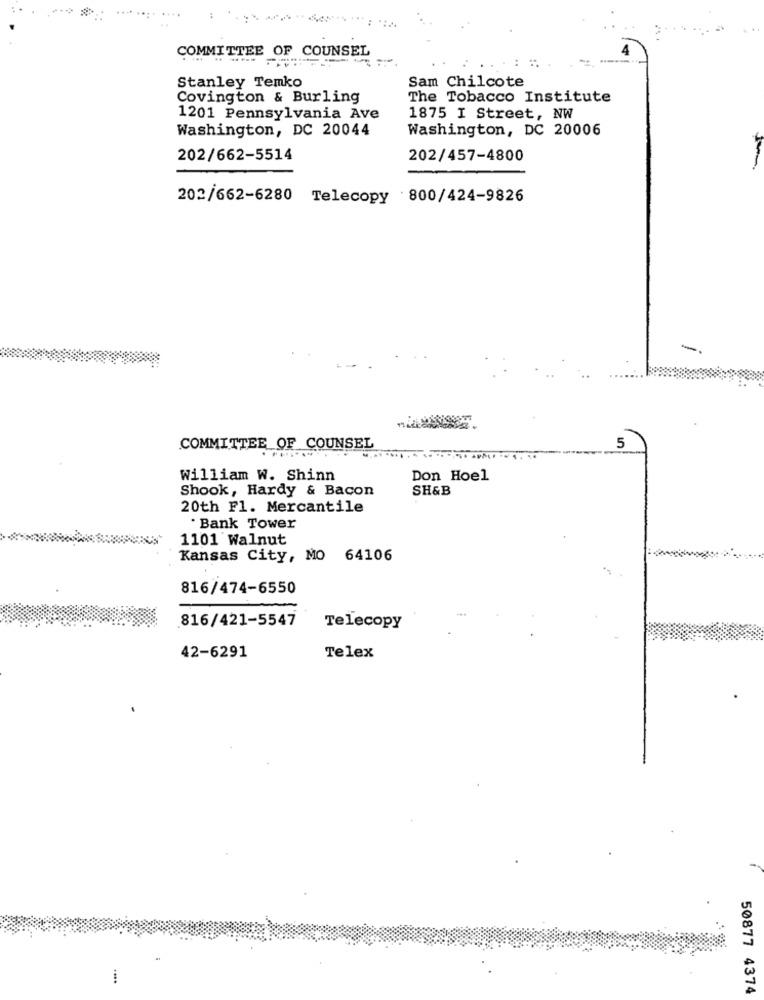
COMMITTEE OF COUNSEL
Stanley Temko
Sam Chilcote
Covington & Burling
The Tobacco Institute
1201 Pennsylvania Ave
1875 I Street, NW
Washington, DC 20044
Washington, DC 20006
202/662-5514
202/457-4800
202/662-6280 Telecopy 800/424-9826
COMMITTEE OF COUNSEL
5
William W. Shinn
Don Hoel
Shook, Hardy & Bacon
SH&B
20th Fl. Mercantile
Bank Tower
1101 Walnut
Kansas City, MO 64106
816/474-6550
816/421-5547
Telecopy
42-6291
Telex
50877 4374